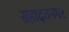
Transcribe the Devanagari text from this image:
सहादतनगर